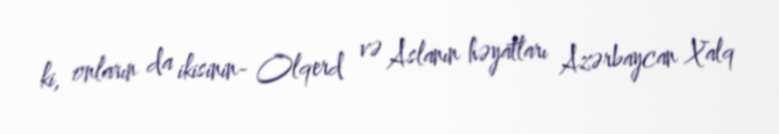
ki, onların da ikisinin- Olqerd və Aslanın həyatları Azərbaycan Xalq